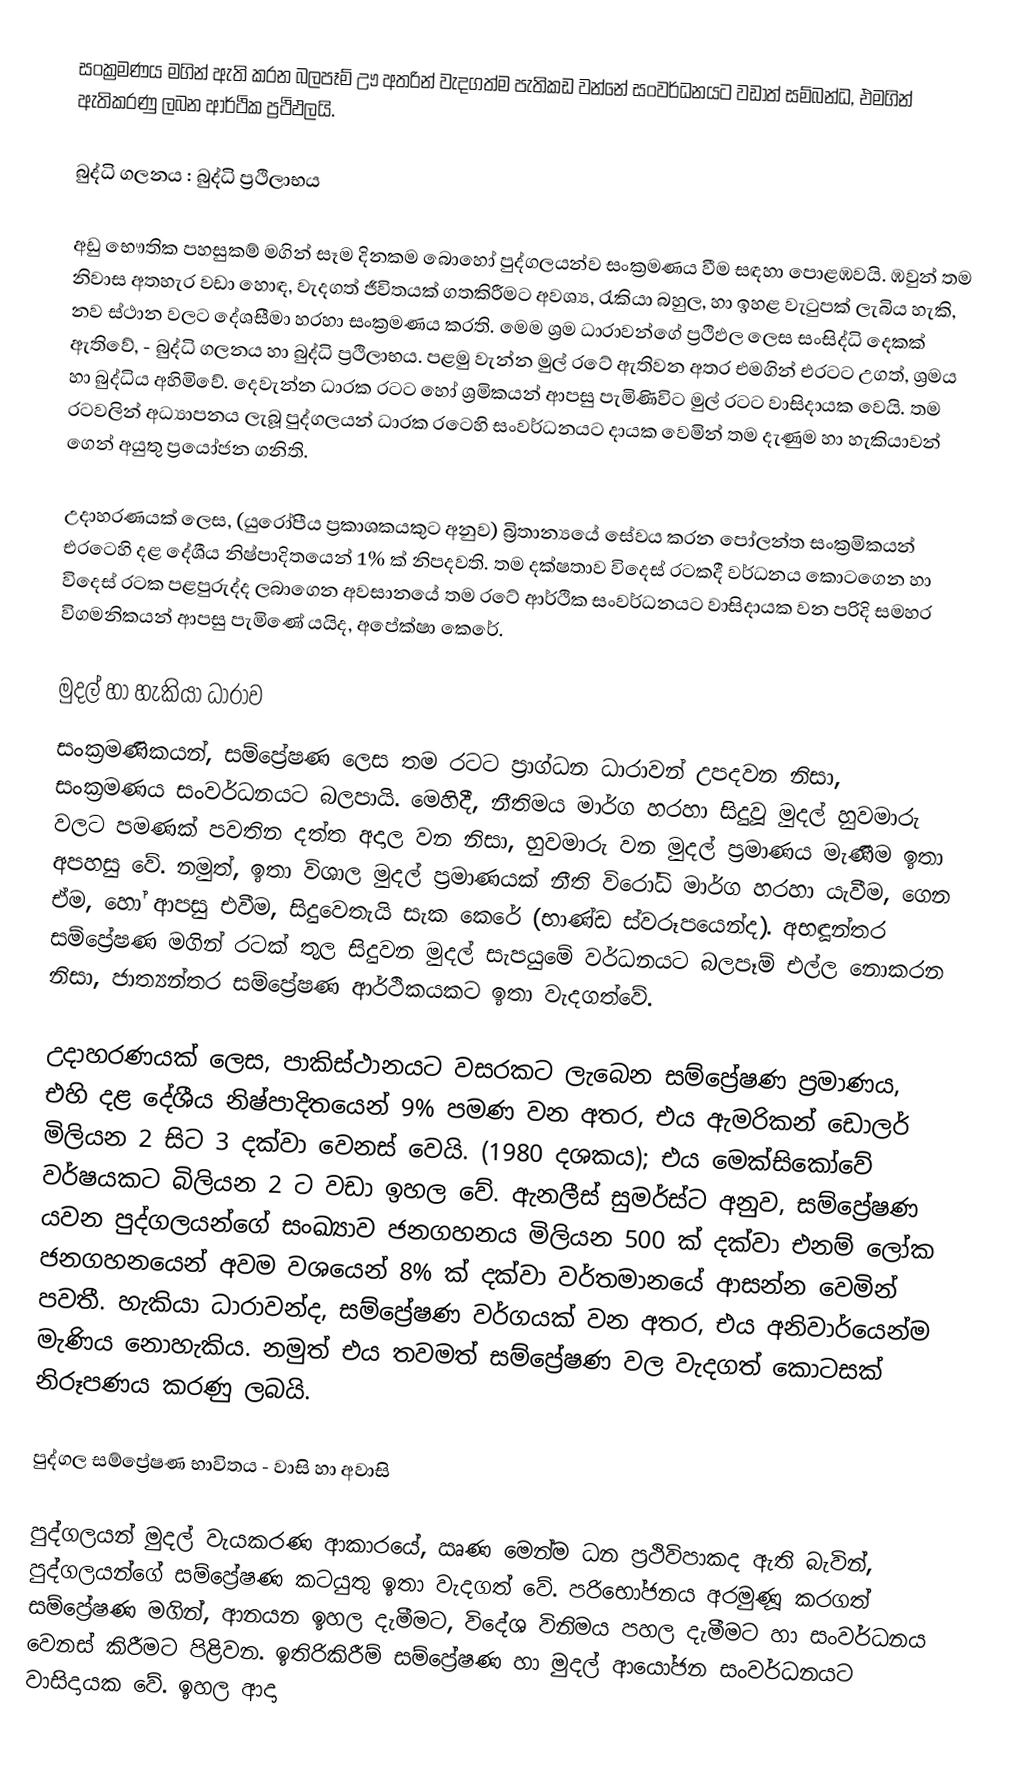
සංක්‍රමණය මගින් ඇති කරන බලපෑම් ඌ අතරින් වැදගත්ම පැතිකඩ වන්නේ සංවර්ධනයට වඩාත් සම්බන්ධ, එමගින් ඇතිකරණු ලබන ආර්ථික ප්‍රථිඵලයි.

බුද්ධි ගලනය : බුද්ධි ප්‍රථිලාභය

අඩු භෞතික පහසුකම් මගින් සෑම දිනකම බොහෝ පුද්ගලයන්ව සංක්‍රමණය වීම සඳහා පොළඹවයි.  ඹවුන් තම නිවාස අතහැර වඩා හොඳ, වැදගත් ජීවිතයක් ගතකිරීමට අවශ්‍ය, රැකියා බහුල, හා ඉහළ වැටුපක් ලැබිය හැකි, නව ස්ථාන වලට දේශසීමා හරහා සංක්‍රමණය කරති. ‍‍මෙම  ශ්‍රම ධාරාවන්ගේ ප්‍රථිඵල ලෙස සංසිද්ධි දෙකක් ඇතිවේ, - බුද්ධි ගලනය හා බුද්ධි ප්‍රථිලාභය. පළමු වැන්න මුල් රටේ ඇතිවන අතර එමගින් එරටට උගත්, ශ්‍රමය හා බුද්ධිය අහිමිවේ. දෙවැන්න ධාරක රටට හෝ ශ්‍රමිකයන් ආපසු පැමිණිවිට මුල් රටට වාසිදායක වෙයි.  තම රටවලින් අධ්‍යාපනය ලැබූ පුද්ගලයන් ධාරක රටෙහි සංවර්ධනයට දායක වෙමින් තම දැණුම හා හැකියාවන් ගෙන් අයුතු ප්‍රයෝජන ගනිති.

උදාහරණයක් ලෙස, (යුරෝපීය ප්‍රකාශකයකුට අනුව) බ්‍රිතාන්‍යයේ සේවය කරන පෝලන්ත සංක්‍රමිකයන් එරටෙහි දළ දේශීය නිෂ්පාදිතයෙන් 1% ක් නිපදවති. තම දක්ෂතාව විදෙස් රටකදී වර්ධනය කොටගෙන හා විදෙස් රටක පළපුරුද්ද ලබාගෙන අවසානයේ තම රටේ ආර්ථික සංවර්ධනයට වාසිදායක වන පරිදි සමහර විගමනිකයන් ආපසු පැමිණේ යයිද, අපේක්ෂා කෙරේ.

මුදල් හා හැකියා ධාරාව
සංක්‍රමණිකයන්, සම්ප්‍රේෂණ ලෙස තම රටට ප්‍රාග්ධන ධාරාවන් උපදවන නිසා, සංක්‍රමණය සංවර්ධනයට බලපායි. මෙහිදී, නීතිමය මාර්ග හරහා සිදුවූ මුදල් හුවමාරු වලට පමණක් පවතින දත්ත අදාල වන නිසා, හුවමාරු වන මුදල් ප්‍රමාණය මැණීම ඉතා අපහසු වේ. නමුත්, ඉතා විශාල මුදල් ප්‍රමාණයක් නීති විරෝධි මාර්ග හරහා යැවීම, ගෙන ඒම, හෝ ආපසු එවීම, සිදුවෙතැයි සැක කෙරේ (භාණ්ඩ ස්වරූපයෙන්ද). අභන්තර සම්ප්‍රේෂණ මගින් රටක් තුල සිදුවන මුදල් සැපයුමේ වර්ධනයට බලපෑම් එල්ල නොකරන නිසා, ජාත්‍යන්තර සම්ප්‍රේෂණ ආර්ථිකයකට ඉතා වැදගත්වේ.

උදාහරණයක් ලෙස, පාකිස්ථානයට වසරකට ලැබෙන සම්ප්‍රේෂණ ප්‍රමාණය, එහි දළ දේශීය නිෂ්පාදිතයෙන් 9% පමණ වන අතර, එය ඇමරිකන් ඩොලර් මිලියන 2 සිට 3 දක්වා වෙනස් වෙයි. (1980 දශකය); එය  ‍‍මෙක්සිකෝවේ වර්ෂයකට බිලියන 2 ට වඩා ඉහල වේ.  ඇනලීස් සුමර්ස්ට අනුව, සම්ප්‍රේෂණ යවන  පුද්ගලයන්ගේ සංඛ්‍යාව ජනගහනය මිලියන 500 ක් දක්වා එනම් ලෝක ජනගහනයෙන් අවම වශයෙන් 8% ක් දක්වා වර්තමානයේ ආසන්න වෙමින් පවතී. හැකියා ධාරාවන්ද, සම්ප්‍රේෂණ වර්ගයක් වන අතර, එය අනිවාර්යෙන්ම මැණිය නොහැකිය. නමුත් එය තවමත් සම්ප්‍රේෂණ වල වැදගත් කොටසක් නිරූපණය කරණු ලබයි.

පුද්ගල සම්ප්‍රේෂණ භාවිතය - වාසි  හා අවාසි

පුද්ගලයන් මුදල් වැයකරණ ආකාරයේ, ඍණ මෙන්ම ධන ප්‍රථිවිපාකද ඇති බැවින්, පුද්ගලයන්ගේ සම්ප්‍රේෂණ කටයුතු ඉතා වැදගත් වේ.  පරිභෝජනය අරමුණූ කරගත් සම්ප්‍රේෂණ මගින්, ආනයන ඉහල දැමීමට, විදේශ විනිමය පහල දැමීමට හා සංවර්ධනය වෙනස් කිරීමට පිළිවන. ඉතිරිකිරීම් සම්ප්‍රේෂණ හා මුදල් ආයෝජන සංවර්ධනයට වාසිදායක වේ.  ඉහල ආදා